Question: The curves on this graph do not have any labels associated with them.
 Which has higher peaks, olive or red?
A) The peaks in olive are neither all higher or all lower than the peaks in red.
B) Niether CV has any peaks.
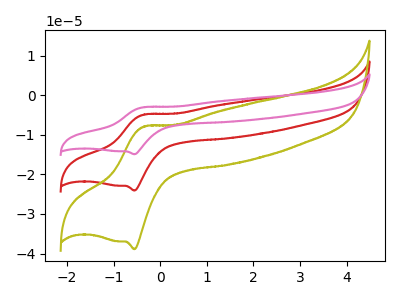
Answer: <think>The red curve "red" has an anodic peak at (-0.35V, -4.95uA) and a cathodic peak at (-0.55V, -24.10uA). The olive curve "olive" has an anodic peak at (-0.35V, -7.95uA) and a cathodic peak at (-0.55V, -38.90uA). The pink curve "pink" has an anodic peak at (-0.35V, -9.90uA) and a cathodic peak at (-0.55V, -48.15uA).</think>
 <answer>A) The peaks in "olive" are neither all higher or all lower than the peaks in "red".</answer>
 <eval>A</eval>